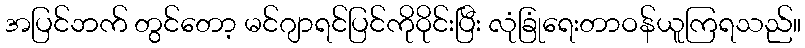
အပြင်ဘက် တွင်တော့ မင်ဂျာရင်ပြင်ကိုဝိုင်းပြီး လုံခြုံရေးတာဝန်ယူကြရသည်။